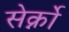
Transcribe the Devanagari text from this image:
सेर्क्नो